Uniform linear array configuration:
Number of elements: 32
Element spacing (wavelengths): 0.5
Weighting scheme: hann
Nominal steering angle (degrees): -15
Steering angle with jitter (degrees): -15.804
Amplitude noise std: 0.05
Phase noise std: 0.05

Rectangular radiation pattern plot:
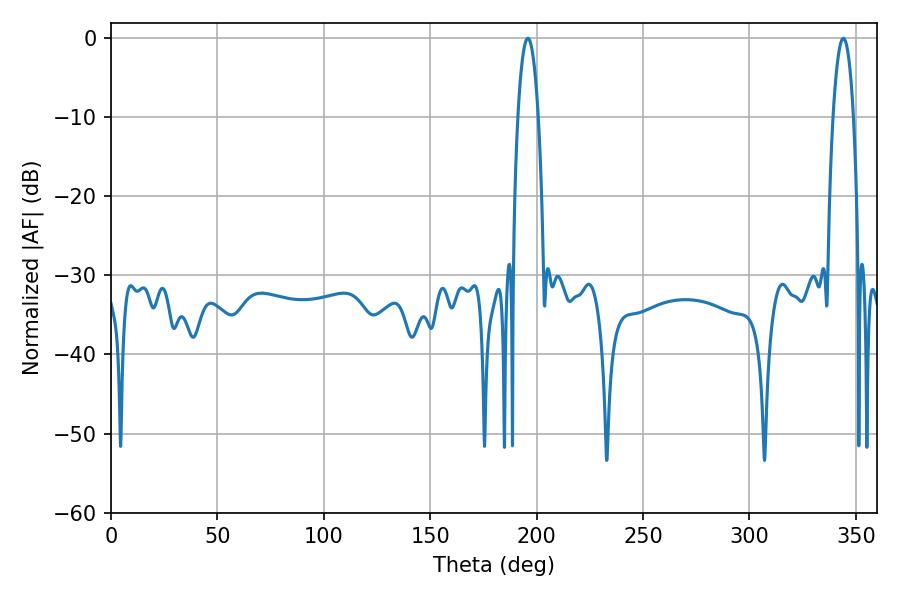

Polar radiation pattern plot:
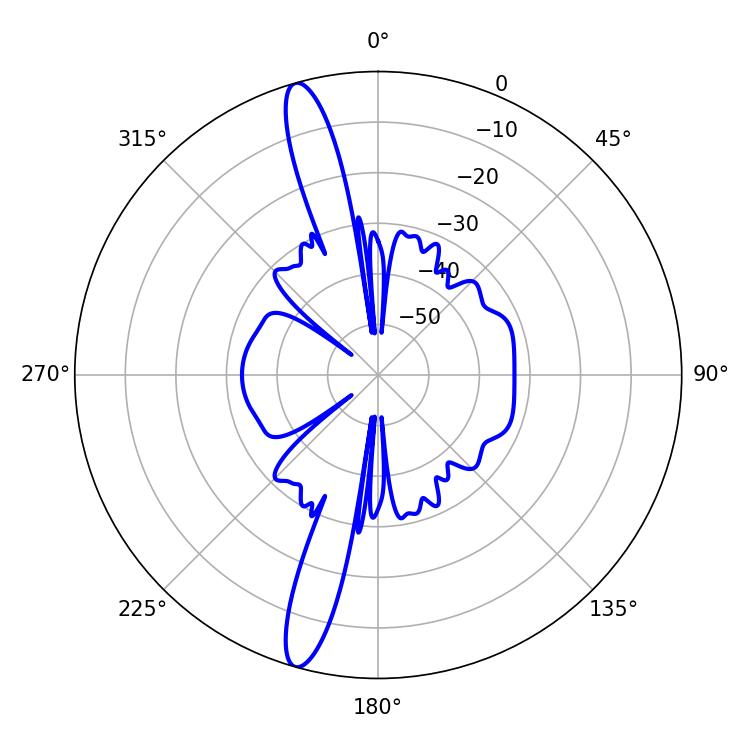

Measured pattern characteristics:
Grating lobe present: FALSE
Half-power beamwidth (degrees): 5.22
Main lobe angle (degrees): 195.84